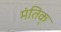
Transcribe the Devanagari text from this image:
मंतिक्‌